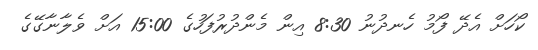
ކޯހަށް އެދޭ ފޯމު ހެނދުނު 8:30 އިން މެންދުރުފަހުގެ 15:00 އަށް ވެލާނާގޭގެ